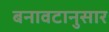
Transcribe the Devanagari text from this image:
बनावटानुसार